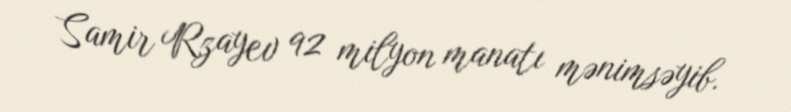
Samir Rzayev 92 milyon manatı mənimsəyib.